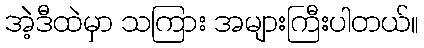
အဲ့ဒီထဲမှာ သကြား အများကြီးပါတယ်။